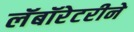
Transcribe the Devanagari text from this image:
लॅबॉरेटरीने